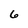
Character: 6